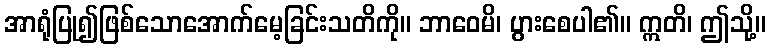
အာရုံပြု၍ဖြစ်သောအောက်မေ့ခြင်းသတိကို။ ဘာဝေမိ၊ ပွားစေပါ၏။ ဣတိ၊ ဤသို့။